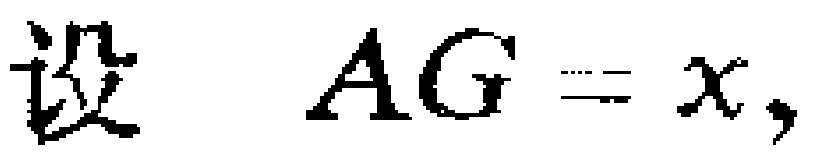
设 \(AG = x,\)